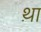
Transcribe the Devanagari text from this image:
थ़ा